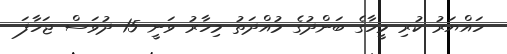
ހައްޔަރު ކުރި މީހާގެ ބަންދުގެ މުއްދަތު މިހާރު ވަނީ 15 ދުވަސް ޖަހާފަ